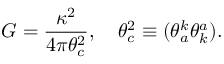
G = \frac { \kappa ^ { 2 } } { 4 \pi \theta _ { c } ^ { 2 } } , \quad \theta _ { c } ^ { 2 } \equiv ( \theta _ { a } ^ { k } \theta _ { k } ^ { a } ) .